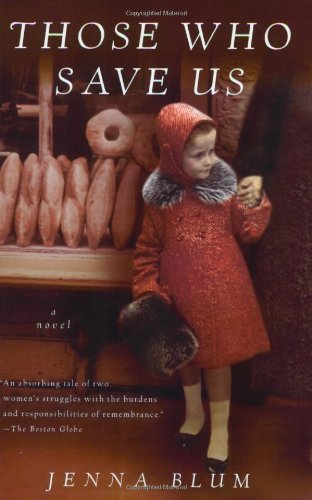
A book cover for Those Who Save Us; Jenna Blum; Literature & Fiction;